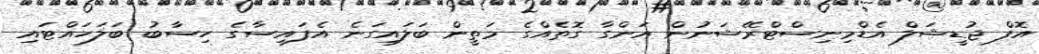
އޮފް ޖުޑީޝަލް އެޑްމިނިސްޓްރޭޝަނުން އަންގާ ގޮތެއްގެ މަތީން ބަލައިގަނެ އެފައިސާގެ ހިސާބު ބަލަހައްޓައި